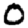
Digit: 0